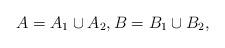
LaTeX: \begin{align*} A = A_1 \cup A_2, B = B_1 \cup B_2, \end{align*}